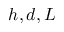
h , d , L